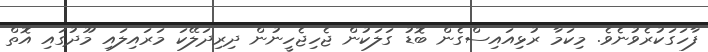
ފާހަގަކުރެވުނެވެ. މިކަމާ ރުޅިއައިސްގެން ބޮޑު ގަލަކުން ޖެހިޖެހީނުން ދިރިދަލޭކަ މަރައިލައި މޫދުގައި އޮތް